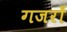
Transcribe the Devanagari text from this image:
गजरों